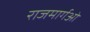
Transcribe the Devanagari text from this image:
राजमार्गओं